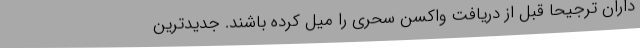
داران ترجیحاً قبل از دریافت واکسن سحری را میل کرده باشند. جدیدترین